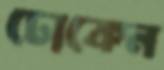
ঢোকেন